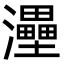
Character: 灅